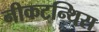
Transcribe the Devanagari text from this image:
नीकटन्थिस